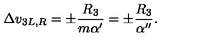
\Delta v _ { 3 L , R } = \pm \frac { R _ { 3 } } { m \alpha ^ { \prime } } = \pm \frac { R _ { 3 } } { \alpha ^ { \prime \prime } } .